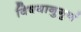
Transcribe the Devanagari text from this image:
विषयानुगुणं